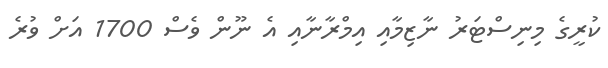
ކުރީގެ މިނިސްޓަރު ނާޒިމާއި އިމްރާނާއި އެ ނޫން ވެސް 1700 އަށް ވުރެ